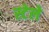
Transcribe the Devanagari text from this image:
स्टेले